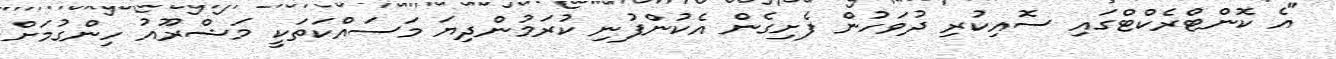
"އެ ކޮންޓްރެކްޓްގައި ސޮއިކުރި ދުވަހުން ފެށިގެން އެކުންފުނި ކުރަމުންދިޔަ މަސައްކަތަކީ މަޝްރޫއު ހިންގުމަށް